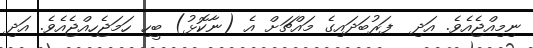
ނިމިއްޖެއެވެ. އަދި  ފަރުބަދައިގެ މައްޗަށް އެ (ނާކޮޅު) ބީހި ހަމަޖެހިއްޖެއެވެ. އަދި